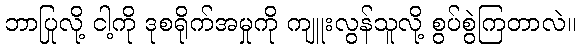
ဘာပြုလို့ ငါ့ကို ဒုစရိုက်အမှုကို ကျူးလွန်သူလို့ စွပ်စွဲကြတာလဲ။